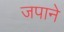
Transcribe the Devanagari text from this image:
जपाने